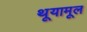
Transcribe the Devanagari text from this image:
थूयामूल